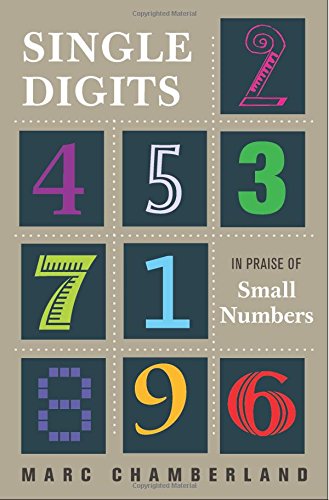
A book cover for Single Digits: In Praise of Small Numbers; Marc Chamberland; Science & Math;